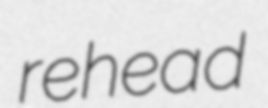
rehead